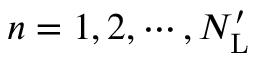
n = 1 , 2 , \cdots , N _ { \mathrm { L } } ^ { \prime }